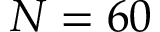
N = 6 0